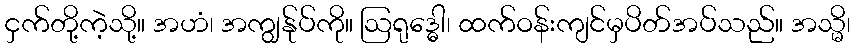
ငှက်တို့ကဲ့သို့။ အဟံ၊ အကျွန်ုပ်ကို။ ဩရုဒ္ဓေါ၊ ထက်ဝန်းကျင်မှပိတ်အပ်သည်။ အသ္မိ၊